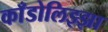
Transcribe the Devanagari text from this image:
काँडोलिझ्झा